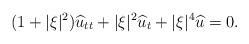
LaTeX: \begin{align*}(1+|\xi|^2)\widehat{u}_{tt}+|\xi|^2 \widehat{u}_t+|\xi|^4 \widehat{u}=0. \end{align*}